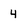
Character: 4